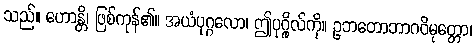
သည်။ ဟောန္တိ၊ ဖြစ်ကုန်၏။ အယံပုဂ္ဂလော၊ ဤပုဂ္ဂိုလ်ကို။ ဥဘတောဘာဂဝိမုတ္တော၊